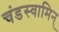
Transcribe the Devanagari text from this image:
चंडस्वामिन्